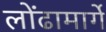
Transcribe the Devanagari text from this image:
लोंढामार्गे